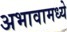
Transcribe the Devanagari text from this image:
अभावामध्ये